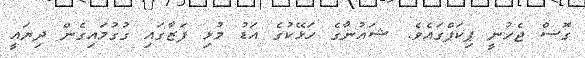
ގޮސް ޖެހުނީ ޕިކަޕްގައެވެ. ޝައުނާގެ ހަޅޭކުގެ އަޑު މުޅި ފަޒާގައި ގުގުމައިގެން ދިޔައީ